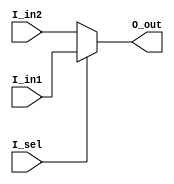
module mux2to1_behavioral(
input  		I_in1,
input   	I_in2,
input   	I_sel,
output  	O_out
);

assign O_out =  I_sel ? I_in1 : I_in2; //// behavior desciption

////structure description
////assign O_out = (I_sel & I_in1 ) | ((!I_sel) & I_in2);

endmodule